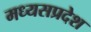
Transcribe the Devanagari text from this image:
मध्यसप्रदेश